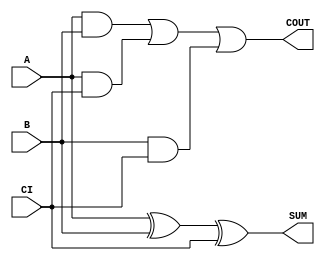
module sky130_fd_sc_hd__fah (
    COUT,
    SUM ,
    A   ,
    B   ,
    CI
);

    // Module ports
    output COUT;
    output SUM ;
    input  A   ;
    input  B   ;
    input  CI  ;

    // Local signals
    wire xor0_out_SUM;
    wire a_b         ;
    wire a_ci        ;
    wire b_ci        ;
    wire or0_out_COUT;

    //  Name  Output        Other arguments
    xor xor0 (xor0_out_SUM, A, B, CI       );
    buf buf0 (SUM         , xor0_out_SUM   );
    and and0 (a_b         , A, B           );
    and and1 (a_ci        , A, CI          );
    and and2 (b_ci        , B, CI          );
    or  or0  (or0_out_COUT, a_b, a_ci, b_ci);
    buf buf1 (COUT        , or0_out_COUT   );

endmodule